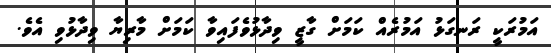
އަމުރަކީ ރަނގަޅު އަމުރެއް ކަމަށް ގާޒީ ވިދާޅުވެފައިވާ ކަމަށް މާރިޔާ ވިދާޅުވި އެވެ.